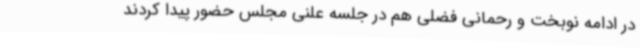
در ادامه نوبخت و رحمانی فضلی هم در جلسه علنی مجلس حضور پیدا کردند